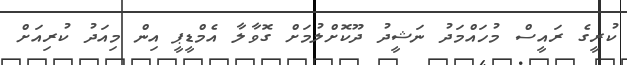
ކުރީގެ ރައީސް މުހައްމަދު ނަޝީދު ދޫކޮށްލުމަށް ގޮވާލާ އެމްޑީޕީ އިން މިއަދު ކުރިއަށް